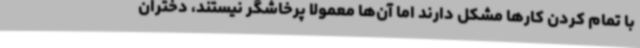
با تمام کردن کارها مشکل دارند اما آن‌ها معمولاً پرخاشگر نیستند، دختران